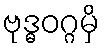
ဗုဒ္ဓဝဂ္ဂမှိ